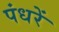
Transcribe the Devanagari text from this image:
पंधरें